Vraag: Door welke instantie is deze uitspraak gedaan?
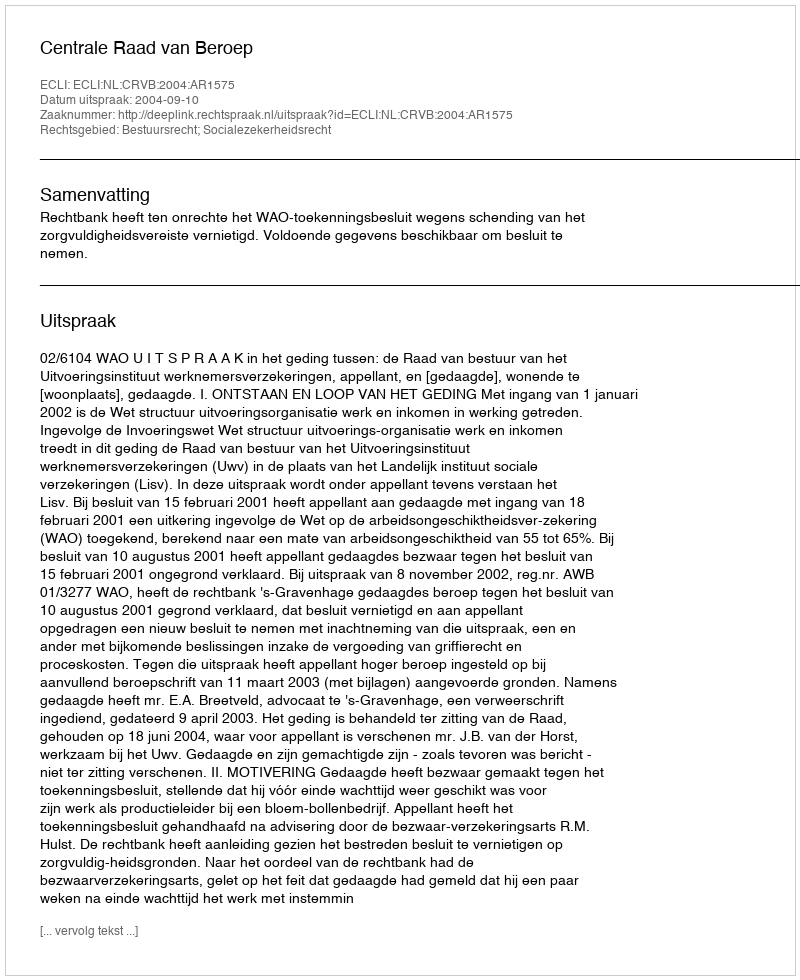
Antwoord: Centrale Raad van Beroep